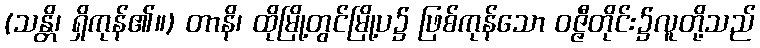
(သန္တိ၊ ရှိကုန်၏။) တာနိ၊ ထိုမြို့တွင်မြို့ပ၌ ဖြစ်ကုန်သော ဝဇ္ဇီတိုင်း၌လူတို့သည်